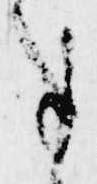
事